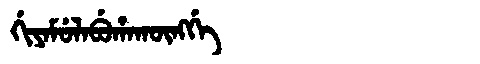
Manchu: ᡤᡳᠶᠠᠮᡠᠯᠠᠪᡠᡥᠠᡴᡡᠩᡤᡝ
Romanization: GIYAMULABUHAKŪNGGE